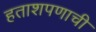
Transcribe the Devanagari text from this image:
हताशपणाची